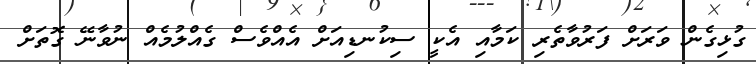
ގުޅިގެން ވަރަށް ފަރުވާތެރި ކަމާއި އެކީ ސިކުނޑިއަށް އެއްވެސް ގެއްލުމެއް ނުވާނޭ ގޮތަށް